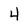
Character: 4